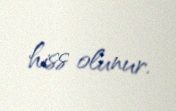
hiss olunur.